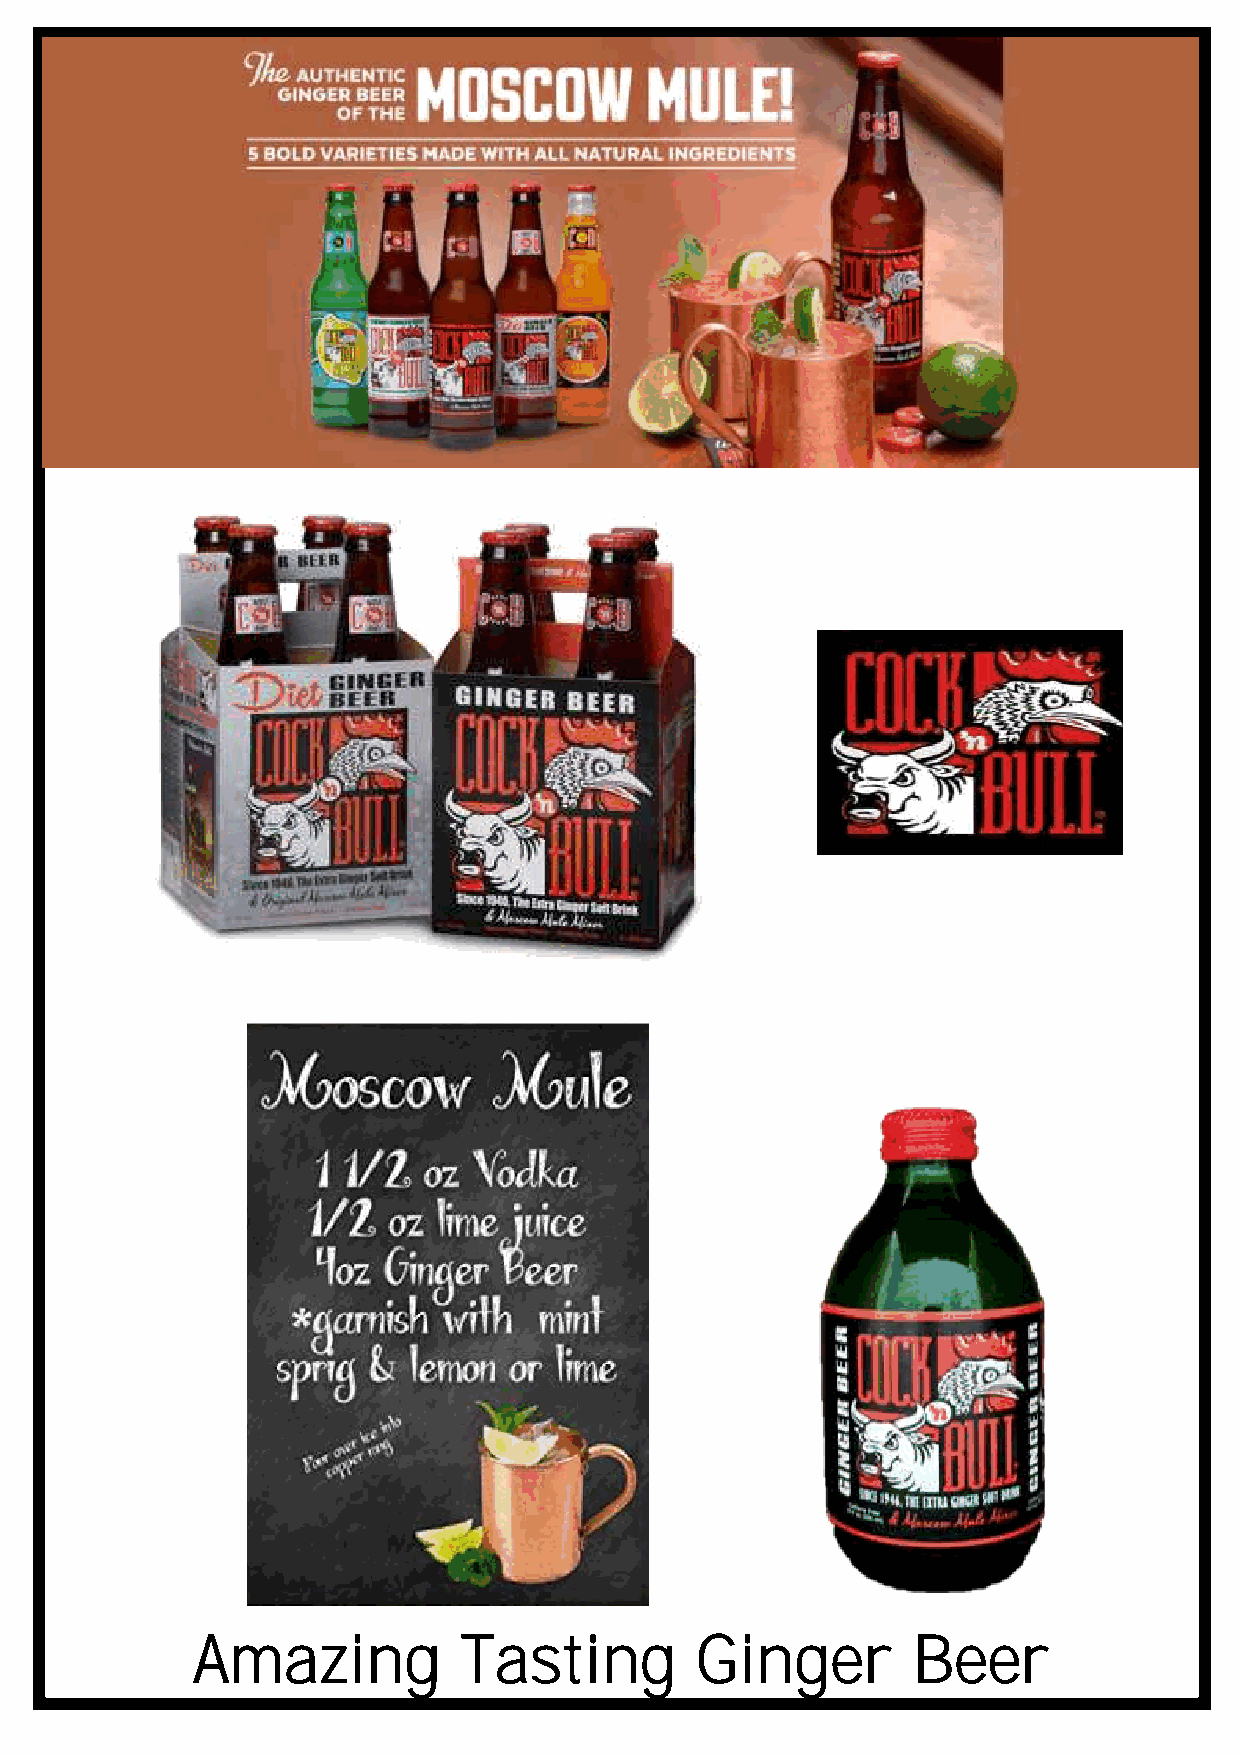
Amazing          Tasting         Ginger        Beer